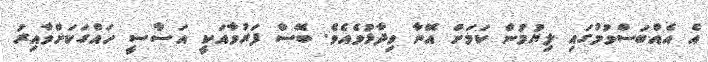
އެ އެއްބަސްވުމުގައި ލިޔުމުން ކަމަށް އޭނާ ވިދާޅުވެއެވެ. ބޭސް ފަރުވާއަކީ އަސާސީ ހައްގަކަށްވާއިރު